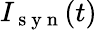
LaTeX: I_{\mathrm{~s~y~n~}}(t)